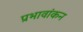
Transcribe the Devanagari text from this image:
प्रभावांकन